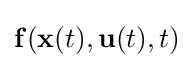
\mathbf {f} (\mathbf {x} (t),\mathbf {u} (t),t)